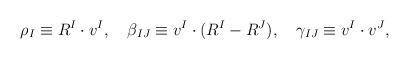
LaTeX: \begin{align*}\rho_I\equiv R^I\cdot v^I,\quad\beta_{IJ}\equiv v^I\cdot(R^I-R^J),\quad\gamma_{IJ}\equiv v^I\cdot v^J,\end{align*}